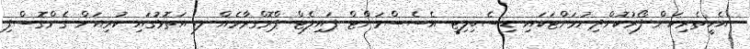
އެހީތެރިކަން ފޯރުކޮށްދިނުމަށްޓަކައި ޑިސެބިލިޓީ އެސެސްމަންޓް ޕައިލެޓް ޕްރޮގްރާމެއް ލ. އަތޮޅުގައި ކުރިއަށް ގެންގޮސްފި